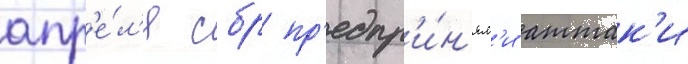
апр'е́л'я сбр пр'едпр'и́н'ял'и аттак'и